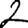
Digit: 2